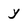
Character: y